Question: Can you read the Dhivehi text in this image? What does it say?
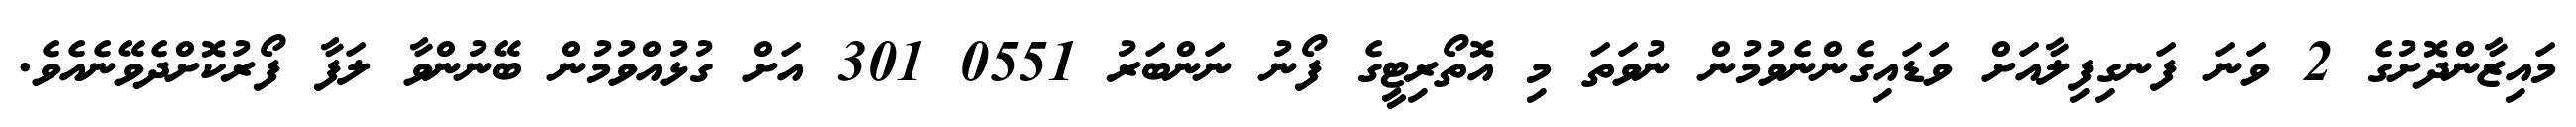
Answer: މައިޒާންދޮށުގެ 2 ވަނަ ފަނގިފިލާއަށް ވަޑައިގެންނެވުމުން ނުވަތަ މި އޮތޯރިޓީގެ ފޯނު ނަންބަރު 0551 301 އަށް ގުޅުއްވުމުން ބޭނުންވާ ލަފާ ފޯރުކޮށްދެވޭނެއެވެ.